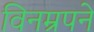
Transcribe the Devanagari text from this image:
विनम्रपने